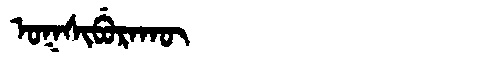
Manchu: ᠣᡴᠰᡳᠪᡠᡵᠠᡴᡡ
Romanization: OKSIBURAKŪ